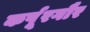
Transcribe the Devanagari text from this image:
कर्पूरगौर